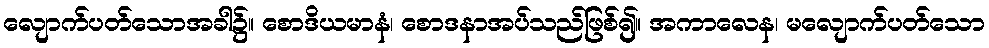
လျောက်ပတ်သောအခါ၌။ စောဒိယမာနံ၊ စောဒနာအပ်သည်ဖြစ်၍။ အကာလေန၊ မလျောက်ပတ်သော